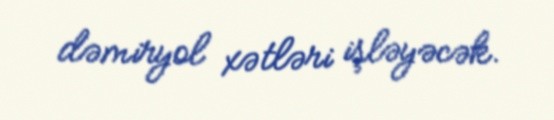
dəmiryol xətləri işləyəcək.